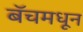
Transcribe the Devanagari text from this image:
बॅचमधून